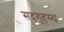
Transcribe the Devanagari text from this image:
सदगृहस्थ